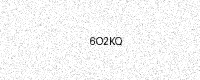
Text: 6O2KQ